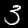
Label: 3